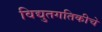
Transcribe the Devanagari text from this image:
विद्युतगतिकीचे